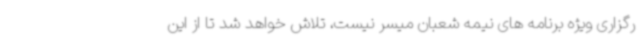
رگزاری ویژه برنامه های نیمه شعبان میسر نیست، تلاش خواهد شد تا از این